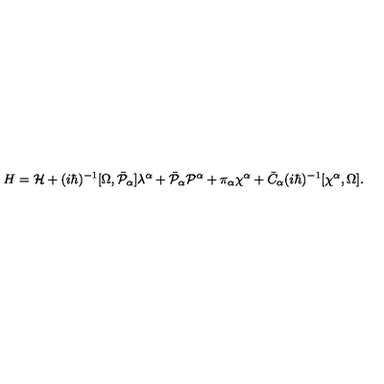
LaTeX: H = { \cal H } + ( i \hbar ) ^ { - 1 } [ \Omega , \bar { \cal P } _ { \alpha } ] \lambda ^ { \alpha } + \bar { \cal P } _ { \alpha } { \cal P } ^ { \alpha } + \pi _ { \alpha } \chi ^ { \alpha } + \bar { C } _ { \alpha } ( i \hbar ) ^ { - 1 } [ \chi ^ { \alpha } , \Omega ] .